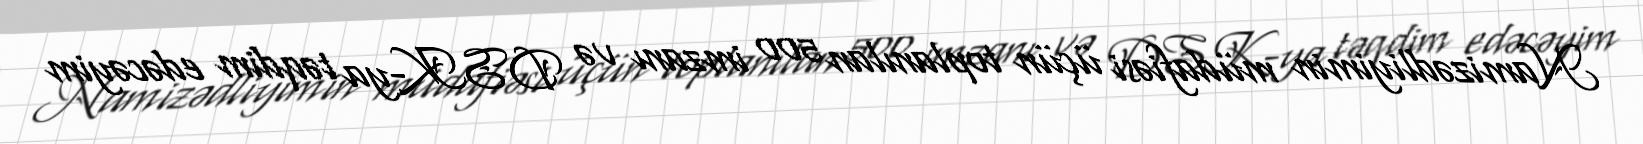
Namizədliyimin müdafiəsi üçün toplanılan 500 imzanı və DSK-ya təqdim edəcəyim